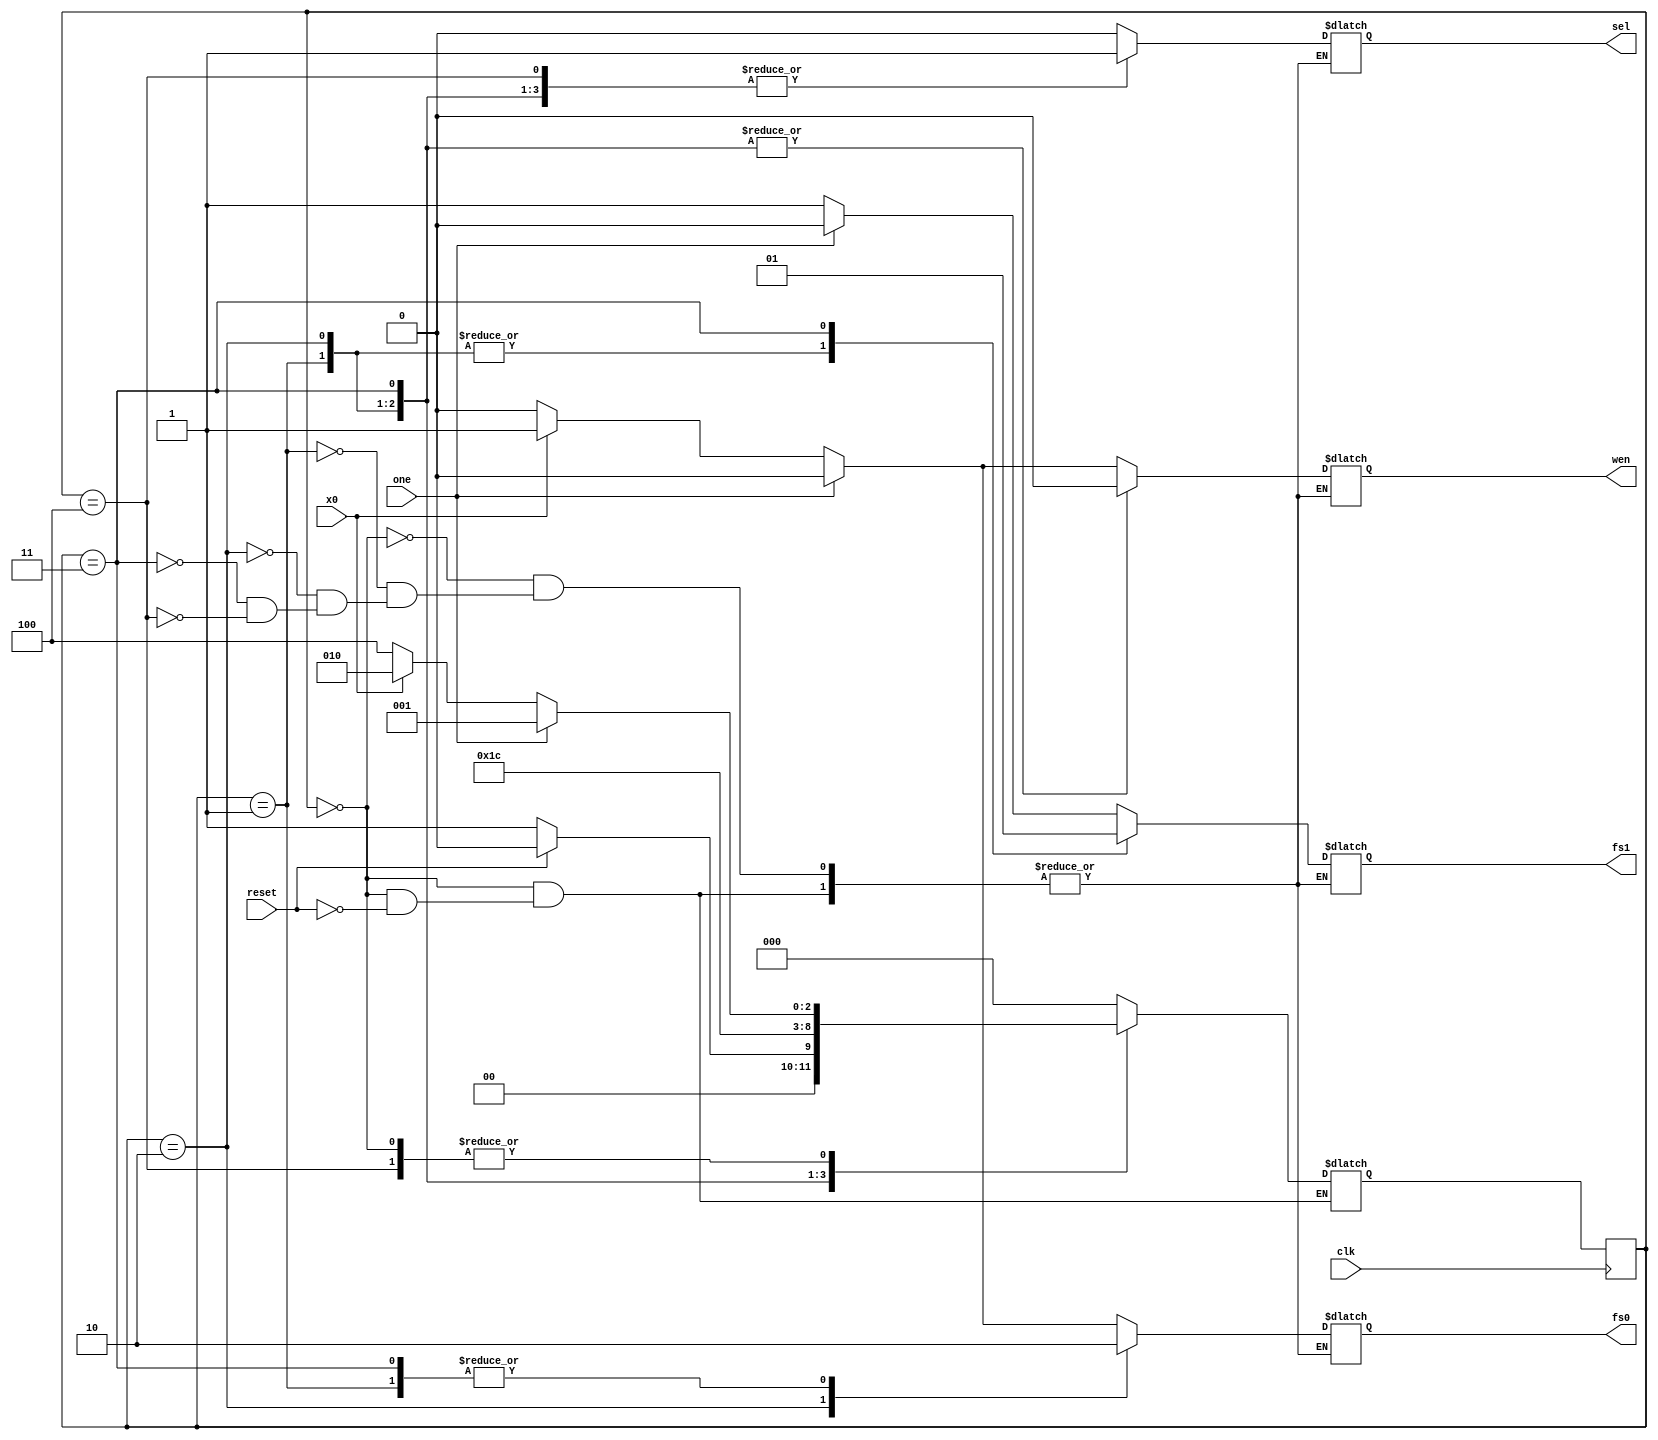
//Inputs and outputs as defined in the lab manual
module control(input wire reset,
					input wire one,
					input wire x0,
					input wire clk,
					output reg wen,
					output reg sel,
					output reg fs1,
					output reg fs0);
					 
// 3 bits is required for 5 states
reg[2:0] current, next; //Current and next states

//Assigns integers to state names
parameter s0 = 0,
			 s1 = 1,
		  	 s2 = 2,
			 s3 = 3,
			 s4 = 4;
				
//Logic for determining next state and outputs		
always @ (clk) //Every clock cycle

	begin : state_logic
	
		case(current)
		
			// State 0 activities... default state
			s0: begin
				if (reset == 1'b1) begin //Only begins on reset
					sel = 1'b0; // sel is 0 in all cases
					if (one == 1'b1) begin	//We started as one
						fs1 = 1'b0;
						fs0 = 1'b0;
						wen = 1'b0;
						next = s1;
					//Odd case
					end else if (x0 == 1'b1) begin
						fs1=1'b1;
						fs0=1'b1;
						wen = 1'b1; // Write enable is only on when going to state 2
						next = s2;
					//Even case
					end else begin
						fs1=1'b1;
						fs0=1'b0;
						wen = 1'b0;
						next = s4;
					end
				end

			end
				
				
			// State 1 activities
			//Final reached 1... all values 0. Have to reset
			s1: begin
				fs1 = 1'b0;
				fs0 = 1'b0;
				wen = 1'b0;
				sel = 1'b1;
				if (reset == 1'b0) begin
					next = s1; // Always loops to s0
				end else begin
					next = s0; // Goes back to state 0 on reset
				end
			end
			
			
			// State 2 activities
			s2: begin
				fs1 = 1'b0;
				fs0 = 1'b1;
				wen = 1'b0;
				sel = 1'b1;
				next = s3; // Always goes to state 3
			end
			
			
			// State 3 activities
			s3: begin
				fs1 = 1'b1;
				fs0 = 1'b0;
				wen = 1'b0;
				next = s4; // Always goes to state 4
				sel = 1'b1;
			end
			
			// State 4 activities
			s4: begin
				sel = 1'b1; //Sel is 1 in all cases
				if (one == 1'b1) begin //We reached one!		
					fs1 = 1'b0;
					fs0 = 1'b0;
					wen = 1'b0;
					next = s1;
				// Checks if even
				end else if (x0 == 1'b0) begin
					fs1 = 1'b1;
					fs0 = 1'b0;
					wen = 1'b0;
					next = s4; // Loops back to self
				//Checks if odd
				end else begin
					fs1 = 1'b1;
					fs0 = 1'b1;
					wen = 1'b1;
					next = s2;
				end
			end
			
			default: next=s0; //Initial entry point (always state at state 0)
			
		endcase
	
		//Current will be 0 for first iteration
		//current = next; //Sets current state to next for next clk
	
	end
	
	always @ (posedge clk)
		begin : procede
			current = next;
		end
		

endmodule